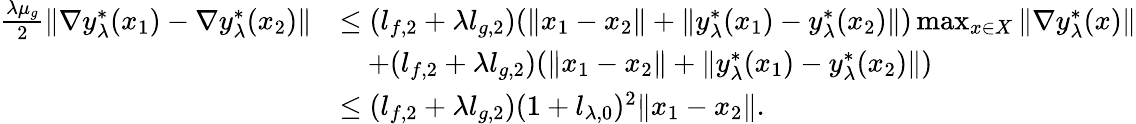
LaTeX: \begin{array}{rl}{\frac{\lambda\mu_{g}}{2}\| \nabla y_{\lambda}^{*}(x_{1})-\nabla y_{\lambda}^{*}(x_{2})\| }&{\le(l_{f,2}+\lambda l_{g,2})(\| x_{1}-x_{2}\| +\| y_{\lambda}^{*}(x_{1})-y_{\lambda}^{*}(x_{2})\| )\operatorname*{max}_{x\in X}\| \nabla y_{\lambda}^{*}(x)\| }\\ &{\quad+(l_{f,2}+\lambda l_{g,2})(\| x_{1}-x_{2}\| +\| y_{\lambda}^{*}(x_{1})-y_{\lambda}^{*}(x_{2})\| )}\\ &{\le(l_{f,2}+\lambda l_{g,2})(1+l_{\lambda,0})^{2}\| x_{1}-x_{2}\| .}\end{array}